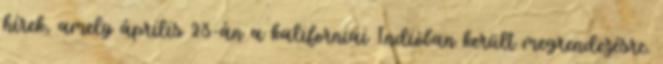
hírek, amely április 23-án a kaliforniai Indióban került megrendezésre.